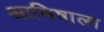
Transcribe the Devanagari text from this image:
आमिषाला